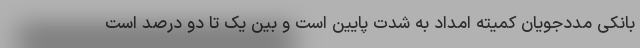
بانکی مددجویان کمیته امداد به شدت پایین است و بین یک تا دو درصد است